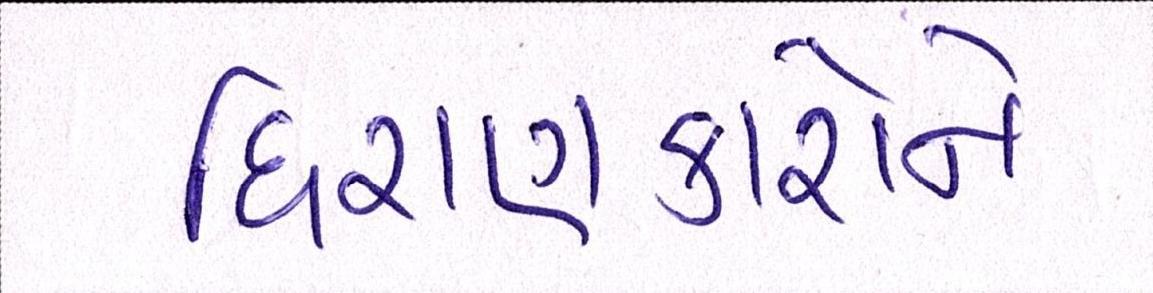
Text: ધિરાણકારોને